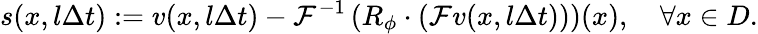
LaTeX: s(x,l\Delta t):=v(x,l\Delta t)-\mathcal{F}^{-1}\left(R_{\phi}\cdot\left(\mathcal{F}v(x,l\Delta t)\right)\right)(x),\quad\forall x\in D.